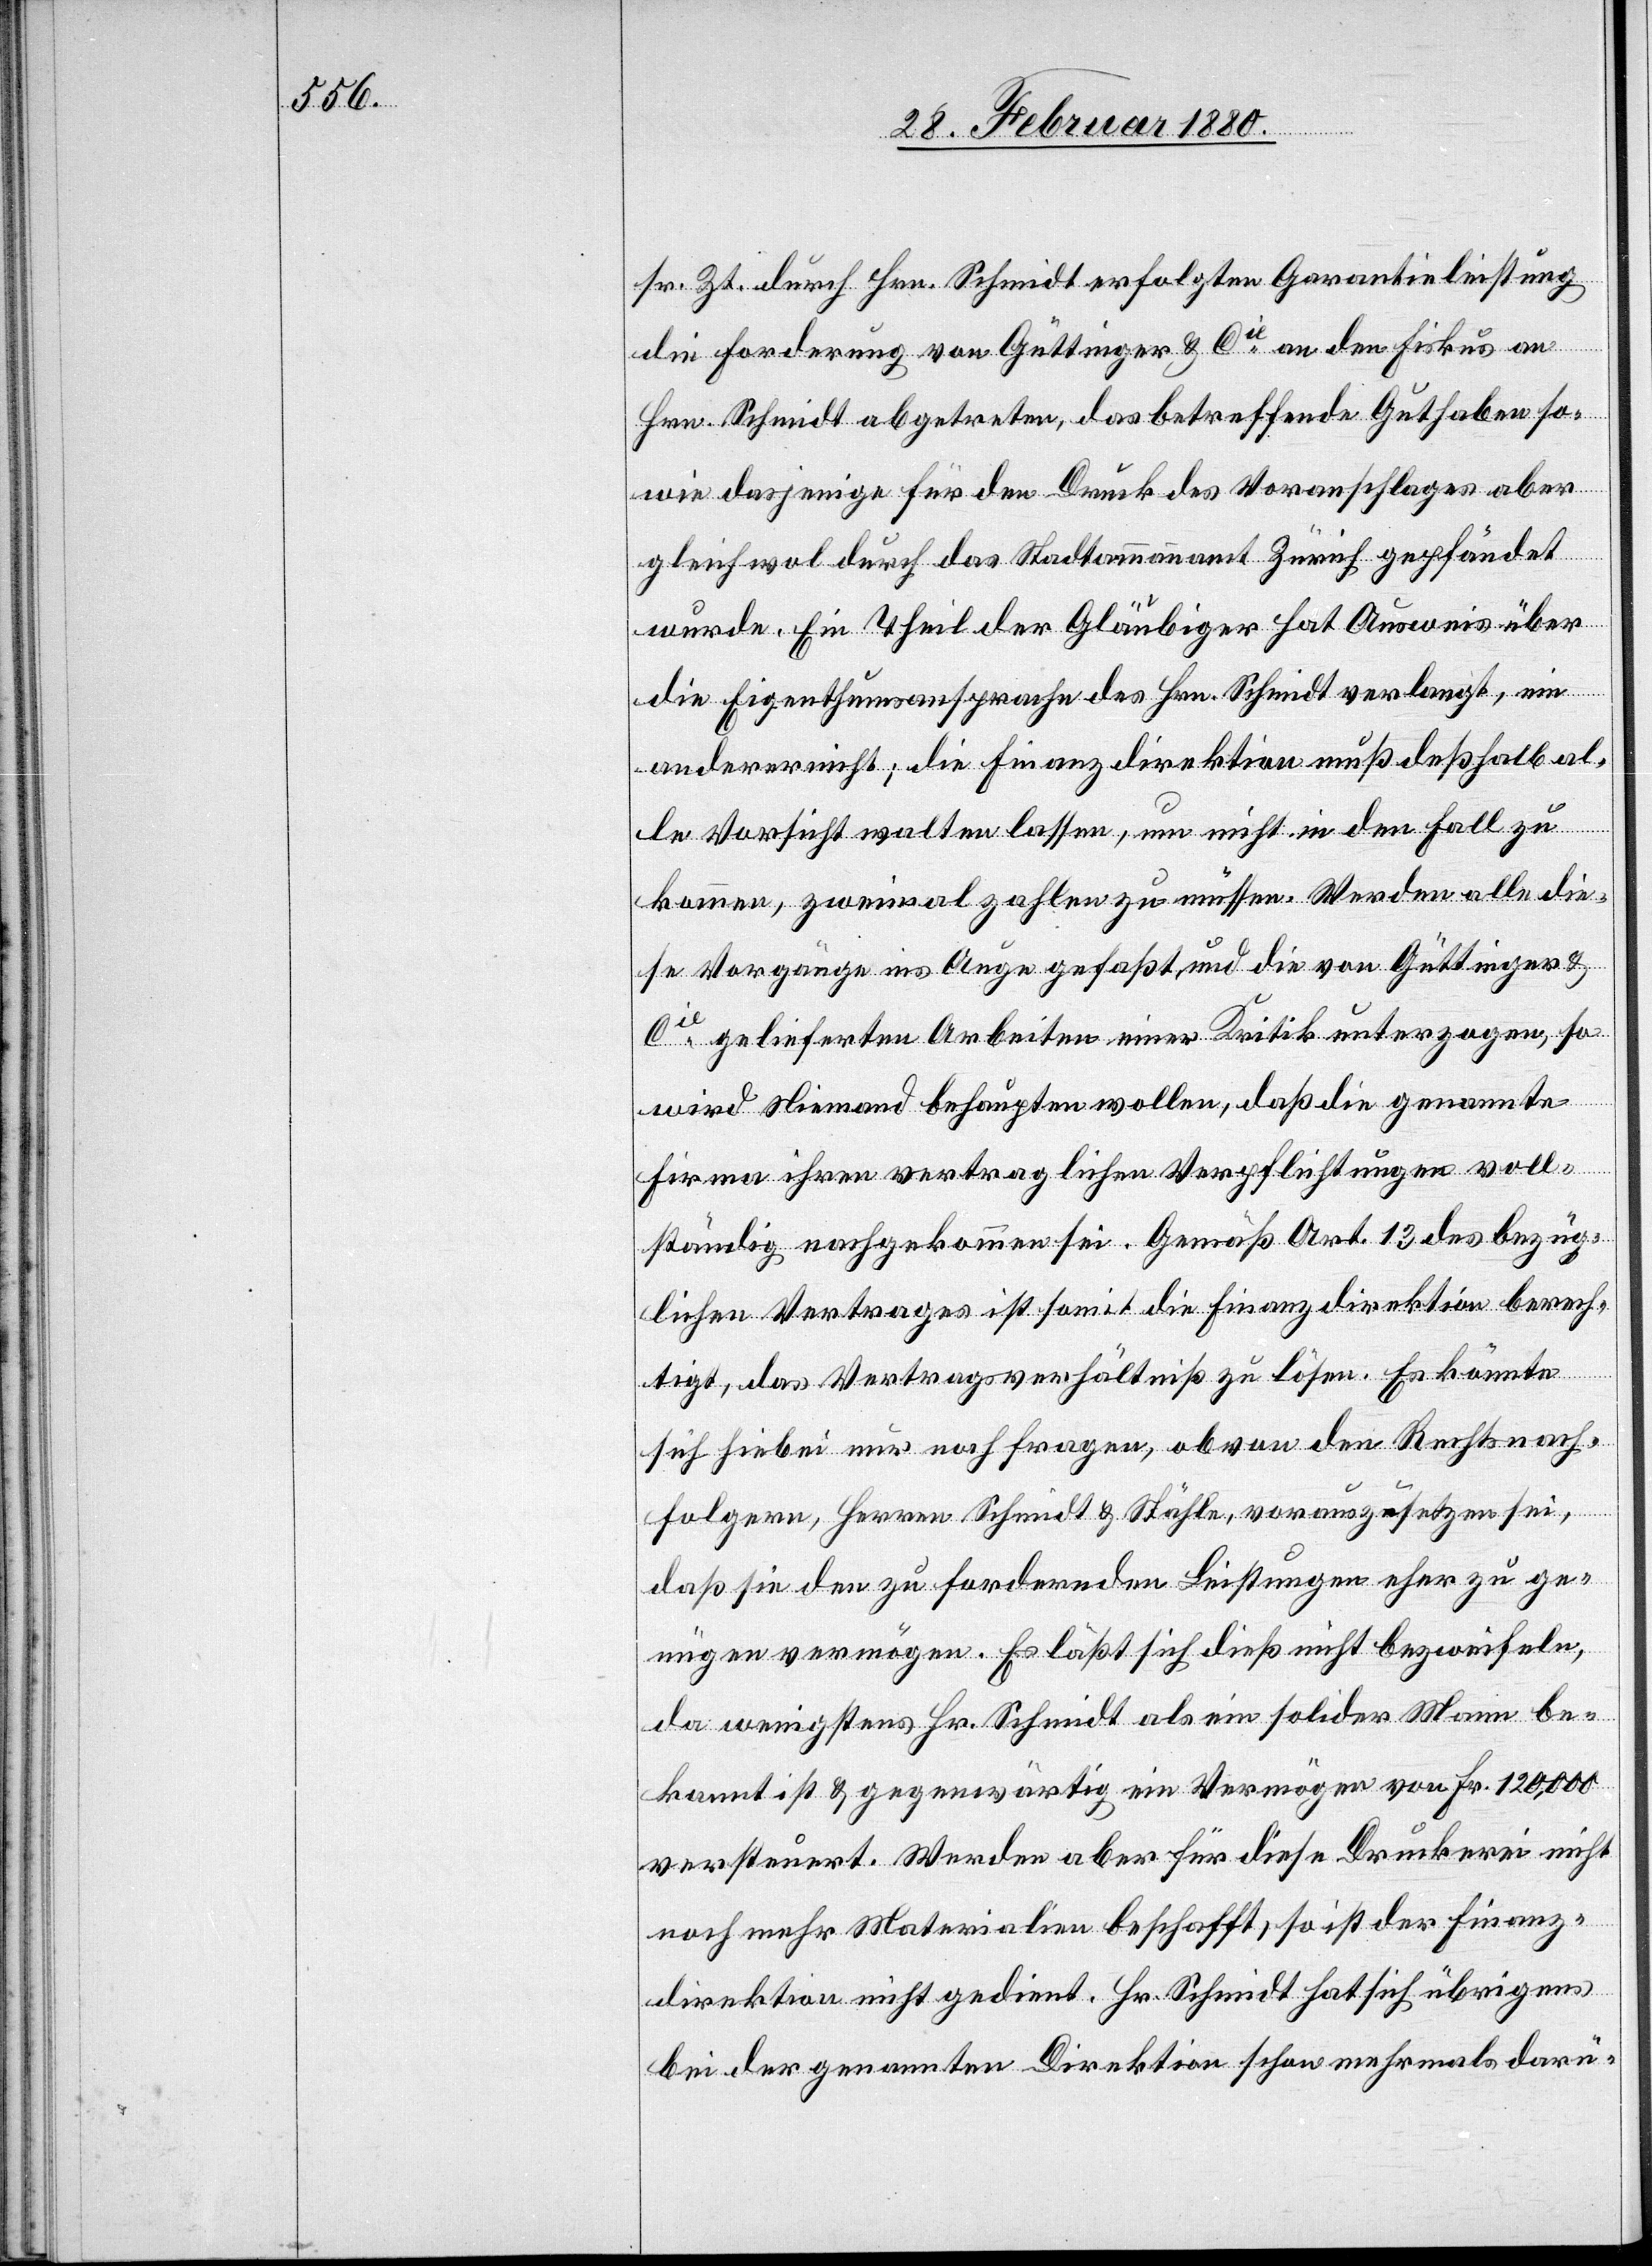
sr. Zeit durch Hrn. Schmidt erfolgten Garantieleistung
die Forderung von Güttinger & Cie an den Fiskus an
Hrn. Schmidt abgetreten, das betreffende Guthaben so¬
wie dasjenige für den Druck des Voranschlages aber
gleichwol durch das Stadtammannamt Zürich gepfändet
wurde. Ein Theil der Gläubiger hat Ausweis über
die Eigenthumsansprache des Hrn. Schmidt verlangt, ein
anderer nicht; die Finanzdirektion muß deßhalb al¬
le Vorsicht walten lassen, um nicht in den Fall zu
kommen, zweimal zahlen zu müssen. Werden alle die¬
se Vorgänge ins Auge gefaßt, und die von Güttinger &
Cie gelieferten Arbeiten einer Kritik unterzogen, so
wird Niemand behaupten wollen, daß die genannte
Firma ihren vertraglichen Verpflichtungen voll¬
ständig nachgekommen sei. Gemäß Art. 13 des bezüg¬
lichen Vertrages ist somit die Finanzdirektion berech¬
tigt, das Vertragsverhältniß zu lösen. Es könnte
sich hiebei nur noch fragen, ob von den Rechtsnach¬
folgern, Herrn Schmidt & Stähle, vorauszusetzen sei,
daß sie den zu fordernden Leistungen eher zu ge¬
nügen vermögen. Es läßt sich dieß nicht bezweifeln,
da wenigstens Hr. Schmidt als ein solider Mann be¬
kannt ist & gegenwärtig ein Vermögen von Fr. 120, 000
versteuert. Werden aber für diese Druckerei nicht
noch mehr Materialien beschafft, so ist der Finanz¬
direktion nicht gedient. Hr. Schmidt hat sich übrigens
bei der genannten Direktion schon mehrmals darü-